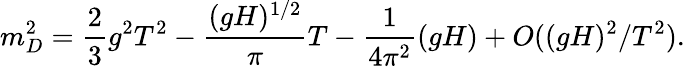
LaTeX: m_{D}^{2}=\frac{2}{3}g^{2}T^{2}-\frac{(gH)^{1/2}}{\pi}T-\frac{1}{4\pi^{2}}(gH)+O((gH)^{2}/T^{2}).